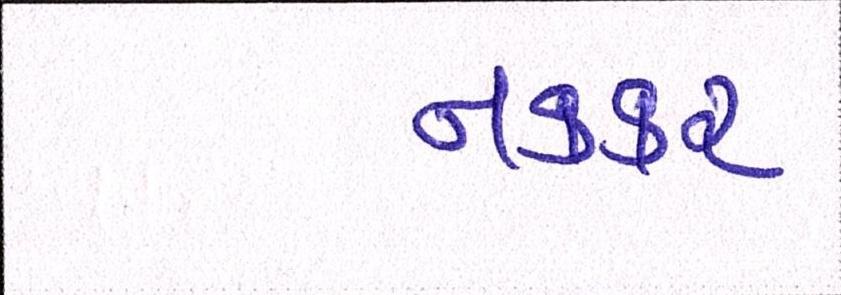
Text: નકકર